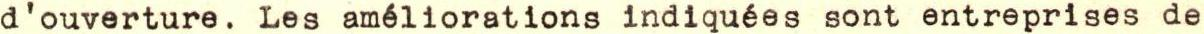
d'ouverture. Les améliorations indiquées sont entreprises de